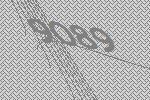
9089